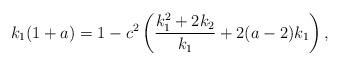
LaTeX: \begin{align*} k_{1}(1+a) = 1- c^{2}\left(\frac{k_{1}^{2}+2k_{2}}{k_{1}}+2(a-2)k_{1}\right),\end{align*}